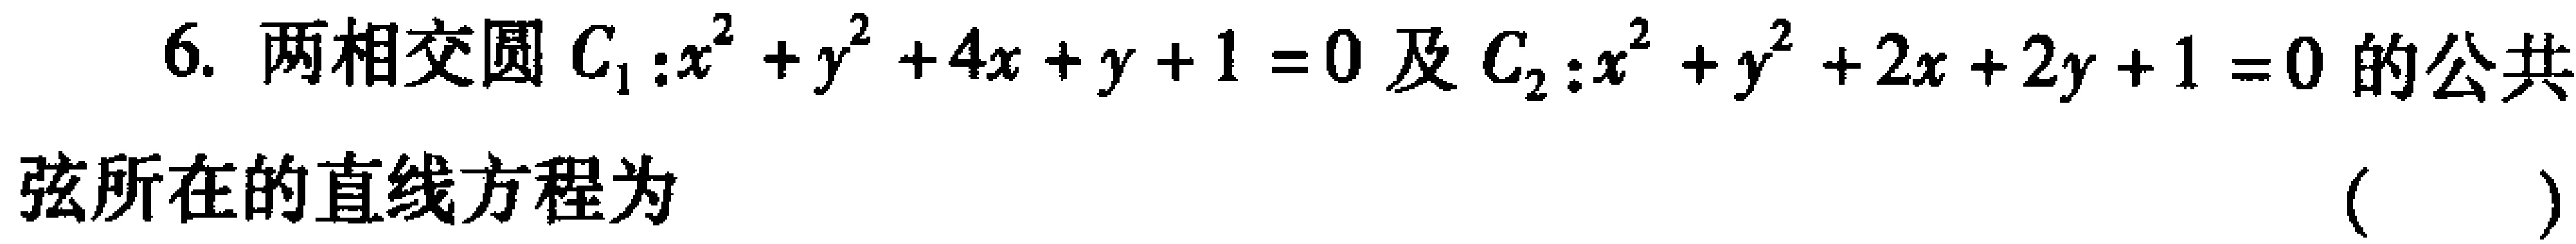
6. 两相交圆\(C_{1}:x^{2}+y^{2}+4x + y + 1 = 0\)及\(C_{2}:x^{2}+y^{2}+2x + 2y + 1 = 0\)的公共弦所在的直线方程为 （  ）